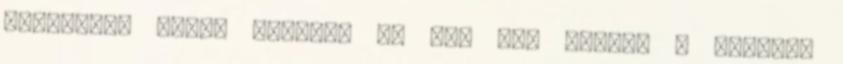
magzatvíz 75%-a elfolyt és nem lát semmit a vértől.